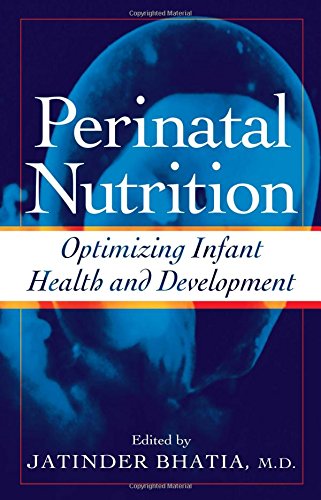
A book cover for Perinatal Nutrition: Optimizing Infant Health & Development (Nutrition and Disease Prevention); Medical Books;